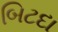
બિટદા